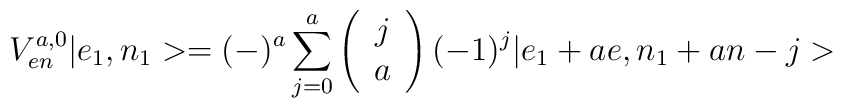
V_{en}^{a,0}|e_{1},n_{1}>=(-)^{a}\sum_{j=0}^{a}\left(\begin{array}{cc}j\\a\end{array}\right)(-1)^{j}|e_{1}+ae,n_{1}+an-j>